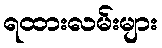
ရထားလမ်းများ